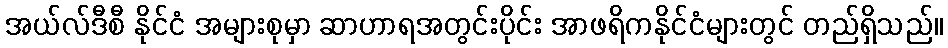
အယ်လ်ဒီစီ နိုင်ငံ အများစုမှာ ဆာဟာရအတွင်းပိုင်း အာဖရိကနိုင်ငံများတွင် တည်ရှိသည်။